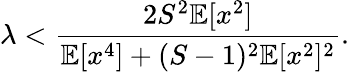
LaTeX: \lambda<\frac{2S^{2}\mathbb{E}[x^{2}]}{\mathbb{E}[x^{4}]+(S-1)^{2}\mathbb{E}[x^{2}]^{2}}.